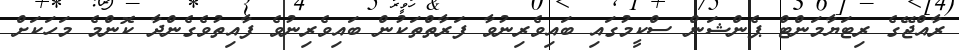
ރާއްޖޭގެ ރިޓަޔާމަންޓް ޕެންޝަން ސްކީމުގައި ބައިވެރިނުވާ ފަރާތްތަކުން ބައިވެރިނުވެ ފާއިތުވެގެންދާ ކޮންމެ މަހަކަށް